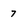
Character: 7